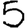
Digit: 5